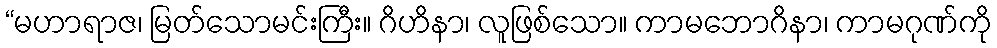
“မဟာရာဇ၊ မြတ်သောမင်းကြီး။ ဂိဟိနာ၊ လူဖြစ်သော။ ကာမဘောဂိနာ၊ ကာမဂုဏ်ကို